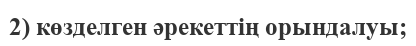
2) көзделген әрекеттің орындалуы;